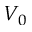
V _ { 0 }